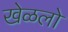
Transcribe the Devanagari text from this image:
खेळलो